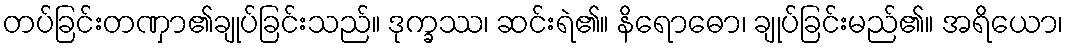
တပ်ခြင်းတဏှာ၏ချုပ်ခြင်းသည်။ ဒုက္ခဿ၊ ဆင်းရဲ၏။ နိရောဓော၊ ချုပ်ခြင်းမည်၏။ အရိယော၊